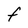
Character: F